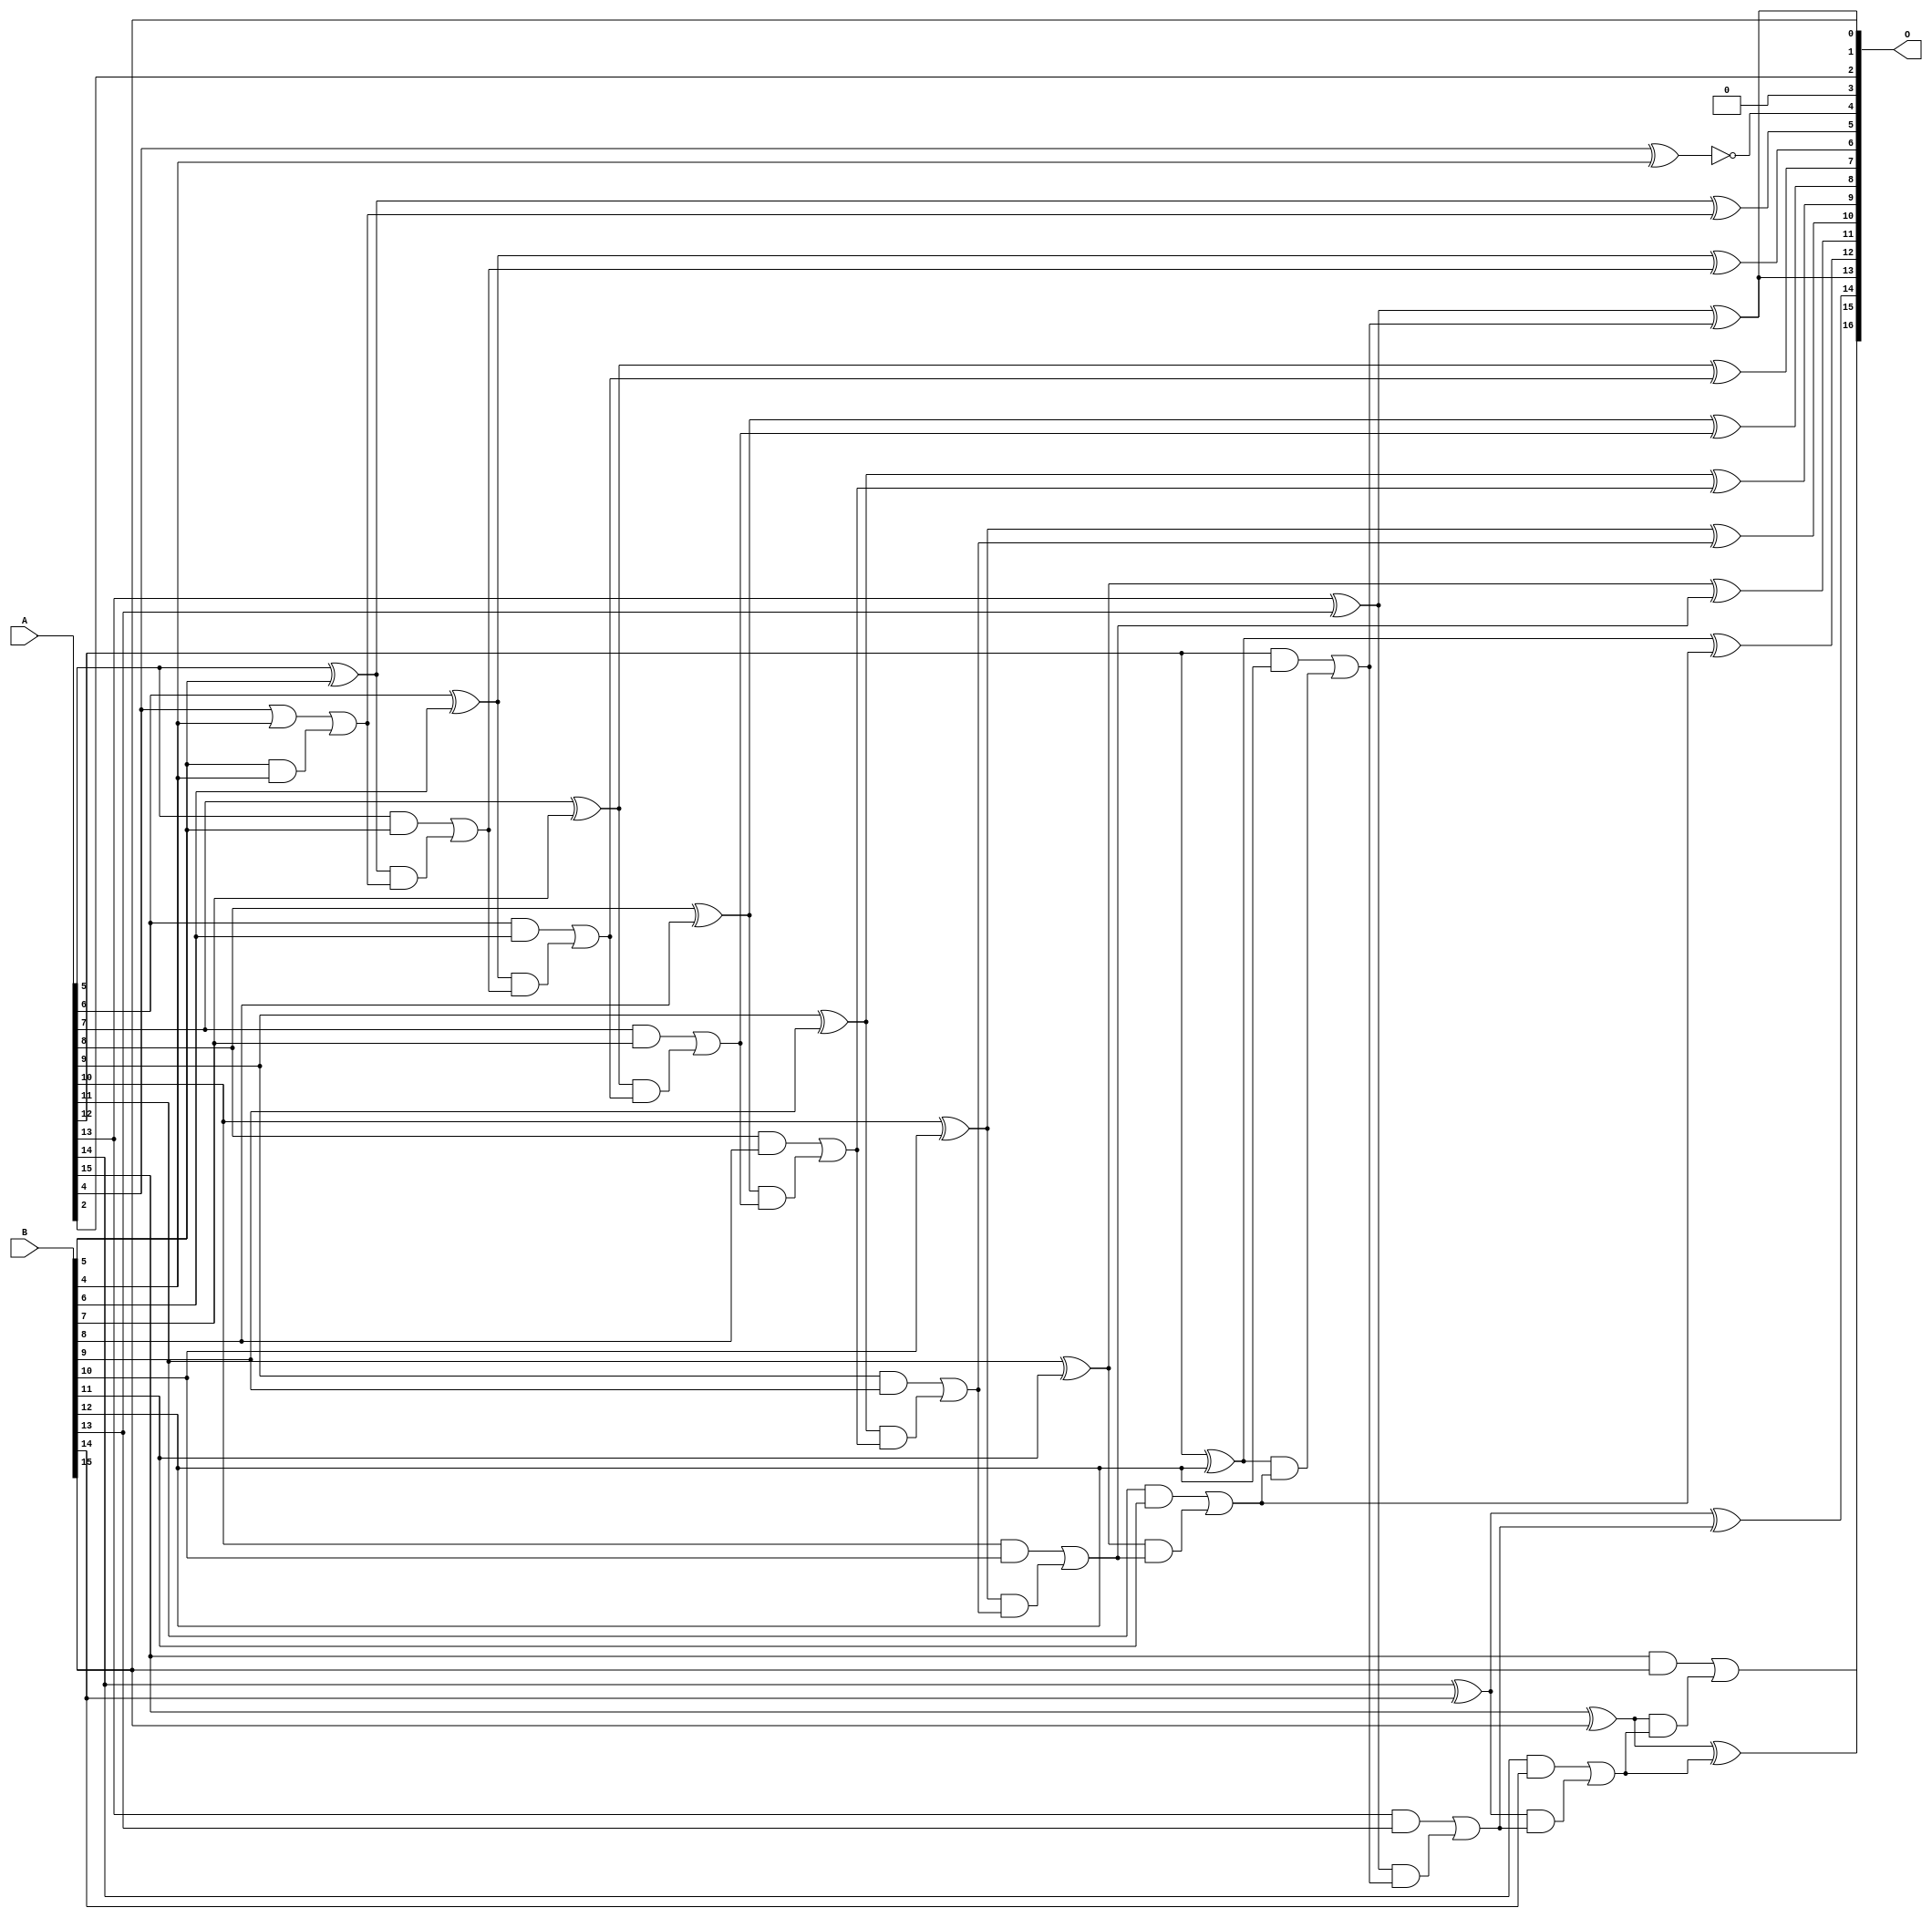
/***
* This code is a part of EvoApproxLib library (ehw.fit.vutbr.cz/approxlib) distributed under The MIT License.
* When used, please cite the following article(s):  
* This file contains a circuit from a sub-set of pareto optimal circuits with respect to the pwr and wce parameters
***/
// MAE% = 0.0048 %
// MAE = 6.3 
// WCE% = 0.014 %
// WCE = 19 
// WCRE% = 1500.00 %
// EP% = 95.70 %
// MRE% = 0.013 %
// MSE = 60 
// PDK45_PWR = 0.052 mW
// PDK45_AREA = 106.1 um2
// PDK45_DELAY = 0.96 ns


module add16u_08F(A, B, O);
  input [15:0] A, B;
  output [16:0] O;
  wire sig_49, sig_50, sig_51, sig_53, sig_54, sig_55;
  wire sig_56, sig_58, sig_59, sig_60, sig_61, sig_63;
  wire sig_64, sig_65, sig_66, sig_68, sig_69, sig_70;
  wire sig_71, sig_73, sig_74, sig_75, sig_76, sig_78;
  wire sig_79, sig_80, sig_81, sig_83, sig_84, sig_85;
  wire sig_86, sig_88, sig_89, sig_90, sig_91, sig_93;
  wire sig_94, sig_95, sig_96, sig_98, sig_99, sig_100;
  wire sig_101, sig_103, sig_104, sig_105, sig_106;
  assign O[3] = 1'b0;
  assign sig_49 = A[4] ^ B[4];
  assign sig_50 = A[4] | B[4];
  assign sig_51 = B[5] & B[4];
  assign O[4] = !sig_49;
  assign sig_53 = sig_50 | sig_51;
  assign sig_54 = A[5] ^ B[5];
  assign sig_55 = A[5] & B[5];
  assign sig_56 = sig_54 & sig_53;
  assign O[5] = sig_54 ^ sig_53;
  assign sig_58 = sig_55 | sig_56;
  assign sig_59 = A[6] ^ B[6];
  assign sig_60 = A[6] & B[6];
  assign sig_61 = sig_59 & sig_58;
  assign O[6] = sig_59 ^ sig_58;
  assign sig_63 = sig_60 | sig_61;
  assign sig_64 = A[7] ^ B[7];
  assign sig_65 = A[7] & B[7];
  assign sig_66 = sig_64 & sig_63;
  assign O[7] = sig_64 ^ sig_63;
  assign sig_68 = sig_65 | sig_66;
  assign sig_69 = A[8] ^ B[8];
  assign sig_70 = A[8] & B[8];
  assign sig_71 = sig_69 & sig_68;
  assign O[8] = sig_69 ^ sig_68;
  assign sig_73 = sig_70 | sig_71;
  assign sig_74 = A[9] ^ B[9];
  assign sig_75 = A[9] & B[9];
  assign sig_76 = sig_74 & sig_73;
  assign O[9] = sig_74 ^ sig_73;
  assign sig_78 = sig_75 | sig_76;
  assign sig_79 = A[10] ^ B[10];
  assign sig_80 = A[10] & B[10];
  assign sig_81 = sig_79 & sig_78;
  assign O[10] = sig_79 ^ sig_78;
  assign sig_83 = sig_80 | sig_81;
  assign sig_84 = A[11] ^ B[11];
  assign sig_85 = A[11] & B[11];
  assign sig_86 = sig_84 & sig_83;
  assign O[11] = sig_84 ^ sig_83;
  assign sig_88 = sig_85 | sig_86;
  assign sig_89 = A[12] ^ B[12];
  assign sig_90 = A[12] & B[12];
  assign sig_91 = sig_89 & sig_88;
  assign O[12] = sig_89 ^ sig_88;
  assign sig_93 = sig_90 | sig_91;
  assign sig_94 = A[13] ^ B[13];
  assign sig_95 = A[13] & B[13];
  assign sig_96 = sig_94 & sig_93;
  assign O[0] = sig_94 ^ sig_93;
  assign sig_98 = sig_95 | sig_96;
  assign sig_99 = A[14] ^ B[14];
  assign sig_100 = A[14] & B[14];
  assign sig_101 = sig_99 & sig_98;
  assign O[14] = sig_99 ^ sig_98;
  assign sig_103 = sig_100 | sig_101;
  assign sig_104 = A[15] ^ B[15];
  assign sig_105 = A[15] & B[15];
  assign sig_106 = sig_104 & sig_103;
  assign O[15] = sig_104 ^ sig_103;
  assign O[16] = sig_105 | sig_106;
  assign O[1] = B[15];
  assign O[2] = A[2];
  assign O[13] = O[0];
endmodule